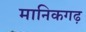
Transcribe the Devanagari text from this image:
मानिकगढ़